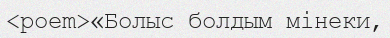
<poem>«Болыс болдым мінеки,